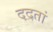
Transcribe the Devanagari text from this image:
ददतां